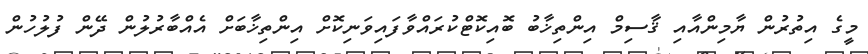
މީގެ އިތުރުން ޔާމިންއާއި ޤާސިމް އިންތިޚާބު ބޮއިކޮޓްކުރައްވާފައިވަނިކޮށް އިންތިޚާބަށް އެއްބާރުލުން ދޭން ފުލުހުން